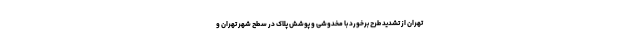
تهران از تشدید طرح برخورد با مخدوشی و پوشش پلاک در سطح شهر تهران و